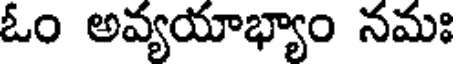
ఓం అవ్యయాభ్యాం నమః